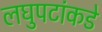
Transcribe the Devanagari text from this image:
लघुपटांकडे